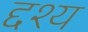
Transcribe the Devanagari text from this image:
द्दश्य